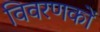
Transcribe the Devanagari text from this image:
विवरणकों